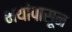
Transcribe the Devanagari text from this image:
भयांपासून